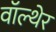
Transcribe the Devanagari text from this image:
वॉल्थेर